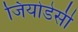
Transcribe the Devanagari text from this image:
जियोडेसी